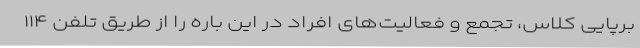
برپایی کلاس، تجمع و فعالیت‌های افراد در این باره را از طریق تلفن ۱۱۴